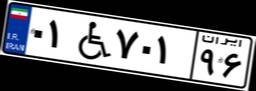
۰۱W۷۰۱۹۶